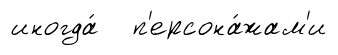
иногда́ п'ерсона́жам'и